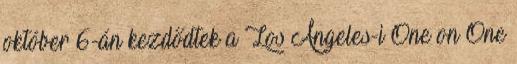
október 6-án kezdődtek a Los Angeles-i One on One